Report of the Indian Hemp Drugs Commission, 1894-1895 - Volume VI
Year: 1894
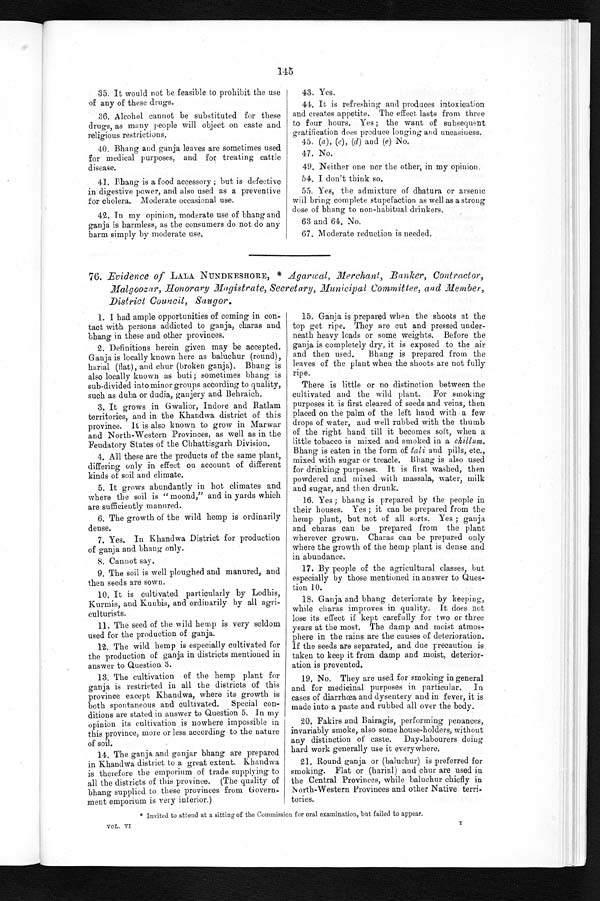
145
35. It would not be feasible to prohibit the use
of any of these drugs.
36. Alcohol cannot be substituted for these
drugs, as many people will object on caste and
religious restrictions.
40. Bhang and ganja leaves are sometimes used
for medical purposes, and for treating cattle
disease.
41. bhang is a food accessory ; hut is defective
in digestive power, and also used as a preventive
for cholera. Moderate occasional use.
42. In my opinion, moderate use of bhang and
ganja is harmless, as the consumers do not do any
harm simply by moderate use.
43. Yes.
44. It is refreshing and produces intoxication
and creates appetite. The effect lasts from three
to four hours. Yes; the want of subsequent
gratification does produce longing and uneasiness,
45. (a), (c), (d) and (e) No.
47. No.
49. Neither one nor the other, in my opinion.
54. I don't think so,
55. Yes, the admixture of dhatura or arsenic
will bring complete stupefaction as well as a strong
dose of bhang to non-habitual drinkers,
63 and 64. No,
67. Moderate reduction is needed.
76. Evidence of LALA NIINDKESFIORE, * Agartcal, Merchant, Banker, Contractor,
Malgoozar, Honorary Magistrate, Secretary, Municipal Committee, and .Me.mber,
District Council, Saugor.
1. I had ample opportunities of coming in con-
tact with persons addicted to ganja, charas and
bhang in these and other provinces.
2. Definitions herein given may be accepted.
Gana is locall known here as baluchur (round),
harial (flat), and chur (broken ganja). Bhang is
also locally known as buti; sometimes bhang is
sub-divided into minor groups according to quality,
such as duba or dudia, ganjery and Behraich.
3. It grows in Gwalior, Indore and ilatlam
territories, and in. the Khandwa district of this
province. It is also known to grow in Marwar
and North-Western Provinces, as well as in the
Feudatory States of the Chhattisgarh Division.
4. All these are the products of the same plant,
differing only in effect on account of different
kinds of soil and climate.
5. It grows abundantly in hot climates and
where the soil is " moond," and in yards which
are sufficiently manured.
6. The growth of the wild hemp is ordinarily
dense.
7. Yes. In Khandwa District for production
of ganja and bhang only.
S. Cannot say.
9. The soil is well ploughed and manured, and
then seeds are sown.
10. It is cultivated particularly by Lodhis,
Kurmis, and Kuubis, and ordinarily by all agri-
culturists.
11. The seed of the wild hemp is very seldom
used for the production of ganja.
12. The wild hemp is especially cultivated for
the production of ganja in districts mentioned in
answer to Question 3.
13. The cultivation of the hemp plant for
ganja is restricted in all the districts of this
province except Khandwa, where its growth is
both spontaneous and cultivated. Special con-
ditions are stated in answer to Question 5. In my
opinion its cultivation is nowhere impossible in
this province, more or less according to the nature
of soil.
14. The ganja and ganjar bhang are prepared
in Khandwa district to a great extent. Khandwa
is therefore the emporium of trade supplying to
all the districts of this province. (The quality of
bhang supplied to these provinces from Govern-
ment emporium is very interior.)
15. Ganja is prepared when the shoots at the
top get ripe. They are cut and pressed under-
neath heavy loads or some weights. Before the
ganja is completely dry, it is exposed to the air
and then used.
Bhang is prepared from the
leaves of the plant
ripe.
There is little or no distinction between the
cultivated and the wild plant. For smoking
purposes it is first cleared of seeds and veins, then
placed on the palm of the left hand with a few
drops of water, and well rubbed with the thumb
of the right hand till it becomes soft, when a
little tobacco is mixed and smoked in a chillum.
Bhang is eaten in the form of tali and pills, etc.,
mixed with sugar or treacle. Bhang is also used
for drinking purposes. It is first washed, then
powdered and mixed with massala, water, milk
and sugar, and then drunk.
16. Yes; bhang is prepared by the people in
their houses. Yes ; it can be prepared from the
hemp plant, but not of all sorts. Yes ; ganja
and charas can be prepared from the plant
wherever grown. Charas can be prepared only
where the growth of the hemp plant is dense and
in abundance.
17. By people of the agricultural classes, but
especially by those mentioned in answer to Ques-
tion 10.
18. Ganja and bhang deteriorate by keeping,
while charas improves in quality. it does not
lose its effect if kept carefully for two or three
years at the most. The damp and moist atmos-
phere in the rains are the causes of deterioration.
If the seeds are separated, and due precaution is
taken to keep it from damp and moist, deterior-
ation is prevented.
19. No. They are used for smoking in general
and for medicinal purposes in particular. In
cases of diarrhoea and dysentery and in fever, it is
made into a paste and rubbed all over the body.
20. Fakirs and Bairagis, performing penances,
invariably smoke, also some house-holders, without
any distinction of caste. Day-labourers doing
hard work generally use it everywhere,
21. Round ganja or (baluchur) is preferred for
smoking. Flat or (harial) and chur are used in
the Central Provinces, while baluchur chiefly in
North-Western Provinces and other Native terri-
tories.
•
00 a
* Invited to attend at a sitting of the Commission for oral examination, but failed to appear.
VOL. VI